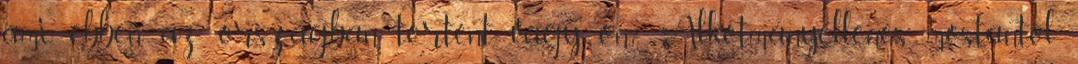
ami ebben az országban történt, vagy ön?” Alkotmányellenes mostantól